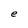
Character: e